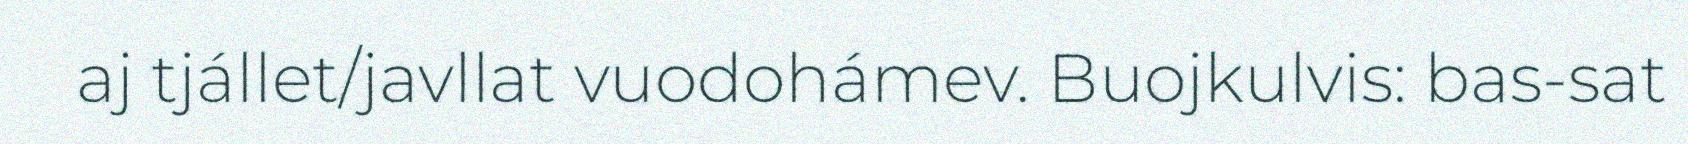
aj tjállet/javllat vuodohámev. Buojkulvis: bas-sat